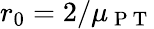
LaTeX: r_{0}=2/\mu_{\mathrm{~P~T~}}